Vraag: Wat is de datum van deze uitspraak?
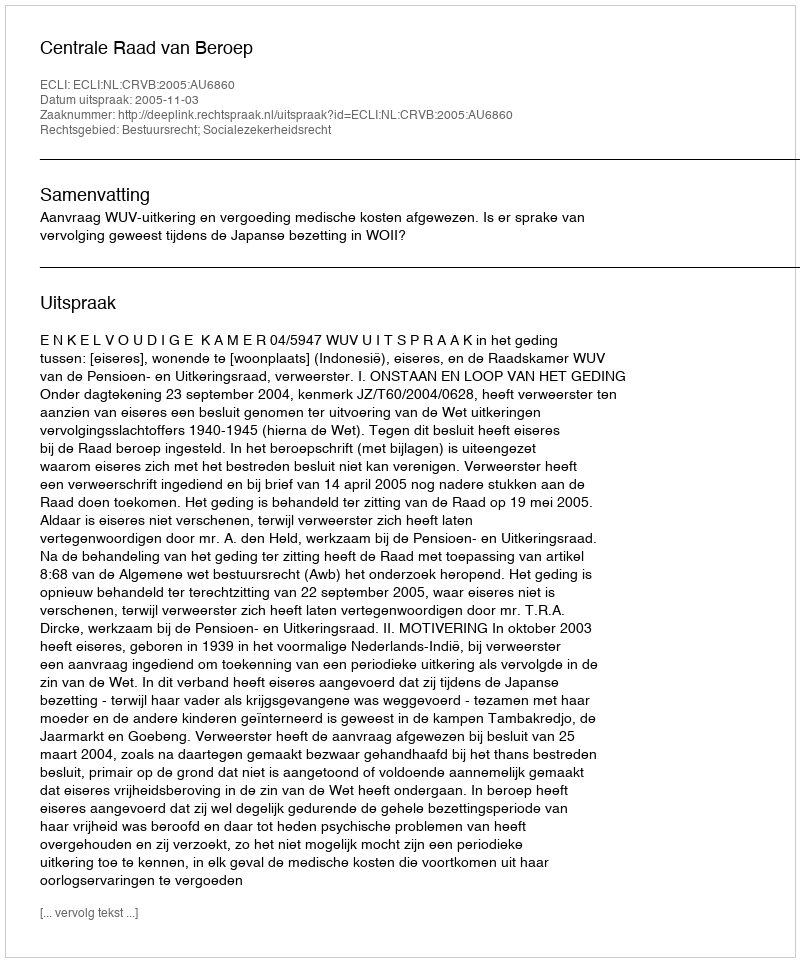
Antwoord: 2005-11-03